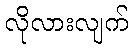
လိုလားလျက်